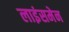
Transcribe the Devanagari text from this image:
लाइंसमेन